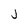
Character: j